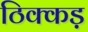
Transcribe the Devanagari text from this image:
ठिक्कड़